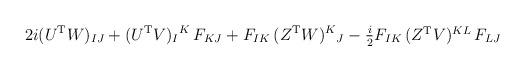
LaTeX: \begin{align*}2i (U^{\rm T} W)_{IJ} + (U^{\rm T}V)_I{}^K\, F_{KJ} +F_{IK}\,(Z^{\rm T} W)^K{}_J -\textstyle{\frac{i}{2}}F_{IK}\,(Z^{\rm T}V)^{KL}\,F_{LJ}\end{align*}